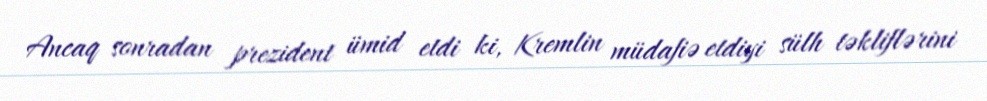
Ancaq sonradan prezident ümid etdi ki, Kremlin müdafiə etdiyi sülh təkliflərini